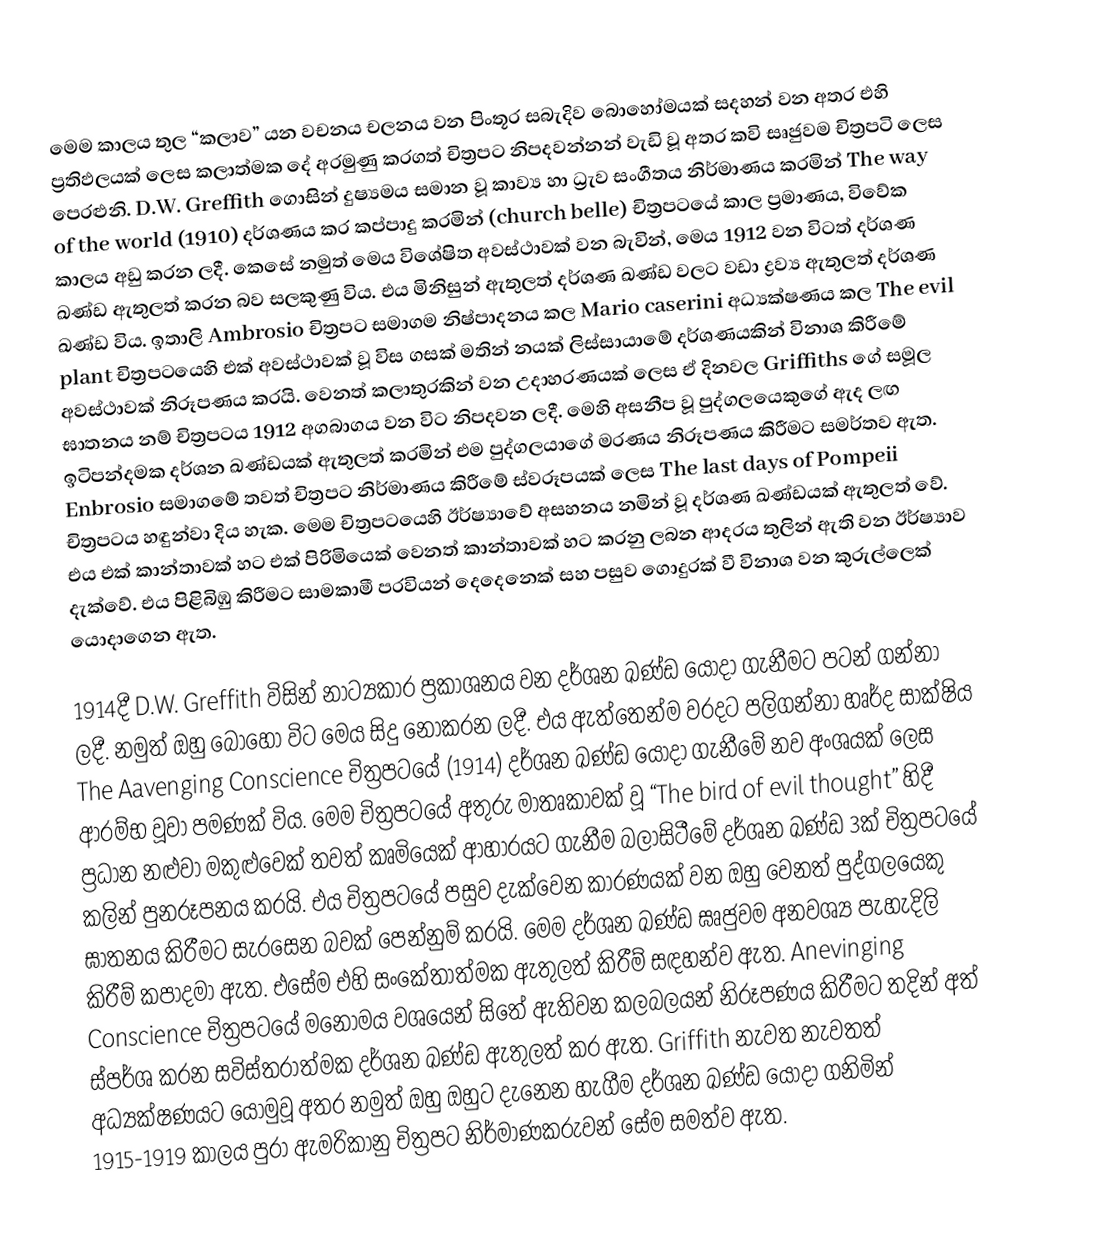
මෙම කාලය තුල “කලාව” යන වචනය චලනය වන පිංතූර සබැදිව බොහෝමයක් සදහන් වන අතර එහි ප්‍රතිඵලයක් ලෙස කලාත්මක දේ අරමුණු කරගත් චිත්‍රපට නිපදවන්නන් වැඩි වූ අතර කවි සෘජුවම චිත්‍රපටි ලෙස පෙරළුනි.   D.W. Greffith ගොසින් දුෂ්‍යමය සමාන වූ කාව්‍ය හා ධ්‍රැව සංගීතය නිර්මාණය කරමින් The way of the world (1910) දර්ශණය කර කප්පාදු කරමින් (church belle) චිත්‍රපටයේ කාල ප්‍රමාණය, විවේක කාලය අඩු කරන ලදී.  කෙසේ නමුත් මෙය විශේෂිත අවස්ථාවක් වන බැවින්, මෙය 1912 වන විටත් දර්ශණ ඛණ්ඩ ඇතුලත් කරන බව සලකුණු විය.  එය මිනිසුන් ඇතුලත් දර්ශණ ඛණ්ඩ වලට වඩා ද්‍රව්‍ය ඇතුලත් දර්ශණ ඛණ්ඩ විය.  ඉතාලි Ambrosio චිත්‍රපට සමාගම නිෂ්පාදනය කල Mario caserini අධ්‍යක්ෂණය කල The evil plant චිත්‍රපටයෙහි එක් අවස්ථාවක් වූ විස ගසක් මතින් නයක් ලිස්සායාමේ දර්ශණයකින් විනාශ කිරීමේ අවස්ථාවක් නිරූපණය කරයි.  වෙනත් කලාතුරකින් වන උදාහරණයක් ලෙස ඒ දිනවල Griffiths ගේ සමූල ඝාතනය නම් චිත්‍රපටය 1912 අගබාගය වන විට නිපදවන ලදී.  මෙහි අසනීප වූ පුද්ගලයෙකුගේ ඇද ලඟ ඉටිපන්දමක දර්ශන ඛණ්ඩයක් ඇතුලත් කරමින් එම පුද්ගලයාගේ මරණය නිරූපණය කිරීමට සමර්තව ඇත. Enbrosio සමාගමේ තවත් චිත්‍රපට නිර්මාණය කිරීමේ ස්වරූපයක් ලෙස The last days of Pompeii චිත්‍රපටය හඳුන්වා දිය හැක.  මෙම චිත්‍රපටයෙහි ඊර්ෂ්‍යාවේ අසහනය නමින් වූ දර්ශණ ඛණ්ඩයක් ඇතුලත් වේ.  එය එක් කාන්තාවක් හට එක් පිරිමියෙක් වෙනත් කාන්තාවක් හට කරනු ලබන ආද‍රය තුලින් ඇති වන ඊර්ෂ්‍යාව දැක්වේ.  එය පිළිබිඹු කිරීමට සාමකාමී පරවියන් දෙදෙනෙක් සහ පසුව ගොදුරක් වී විනාශ වන කුරුල්ලෙක් යොද‍ාගෙන ඇත.

1914දී D.W. Greffith විසින් නාට්‍යකාර ප්‍රකාශනය වන දර්ශන ඛණ්ඩ යොදා ගැනීමට පටන් ගන්නා ලදී.  නමුත් ඔහු බොහෝ විට මෙය සිදු නොකරන ලදී.  එය ඇත්තෙන්ම වරදට පලිගන්නා හෘර්ද සාක්ෂිය The Aavenging Conscience චිත්‍රපටයේ (1914) දර්ශන ඛණ්ඩ යොදා ගැනීමේ නව අංශයක් ලෙස ආරම්භ වූවා පමණක් විය.  මෙම චිත්‍රපටයේ අතුරු මාතෘකාවක් වූ “The bird of evil thought” හිදී ප්‍රධාන නළුවා මකුළුවෙක් තවත් කෘමියෙක් ආහාරයට ගැනීම බලාසිටීමේ දර්ශන ඛණ්ඩ 3ක් චිත්‍රපටයේ කලින් පුනරූපනය කරයි.  එය චිත්‍රපටයේ පසුව දැක්වෙන කාරණයක් වන ඔහු වෙනත් පුද්ගලයෙකු ඝාතනය කිරීමට සැරසෙන බවක් පෙන්නුම් කරයි.  මෙම දර්ශන ඛණ්ඩ ඝෘජුවම අනවශ්‍ය පැහැදිලි කිරීම් කපාදමා ඇත.  එසේම එහි සංකේතාත්මක ඇතුලත් කිරීම් සඳහන්ව ඇත.  Anevinging Conscience චිත්‍රපටයේ මනෝමය වශයෙන් සිතේ ඇතිවන කලබලයන් නිරූපණය කිරීමට තදින් අත් ස්පර්ශ කරන සවිස්තරාත්මක දර්ශන ඛණ්ඩ ඇතුලත් කර ඇත.  Griffith නැවත නැවතත් අධ්‍යක්ෂණයට යොමුවූ අතර නමුත් ඔහු ඔහුට දැනෙන හැගීම දර්ශන ඛණ්ඩ යොදා ගනිමින් 1915-1919 කාලය පුරා ඇමරිකානු චිත්‍රපට නිර්මාණකරුවන් සේම සමත්ව ඇත.